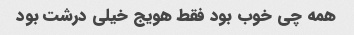
همه چی خوب بود فقط هویج خیلی درشت بود